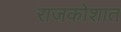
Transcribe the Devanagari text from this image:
राजकोशात